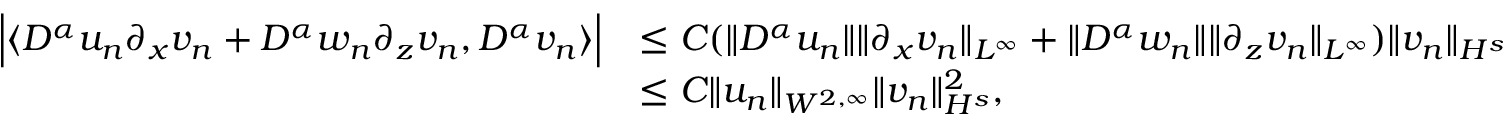
\begin{array} { r l } { \Big | \langle D ^ { \alpha } u _ { n } \partial _ { x } v _ { n } + D ^ { \alpha } w _ { n } \partial _ { z } v _ { n } , D ^ { \alpha } v _ { n } \rangle \Big | } & { \leq C ( \| D ^ { \alpha } u _ { n } \| \| \partial _ { x } v _ { n } \| _ { L ^ { \infty } } + \| D ^ { \alpha } w _ { n } \| \| \partial _ { z } v _ { n } \| _ { L ^ { \infty } } ) \| v _ { n } \| _ { H ^ { s } } } \\ & { \leq C \| u _ { n } \| _ { W ^ { 2 , \infty } } \| v _ { n } \| _ { H ^ { s } } ^ { 2 } , } \end{array}